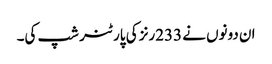
ان دونوں نے 233رنز کی پارٹنر شپ کی۔